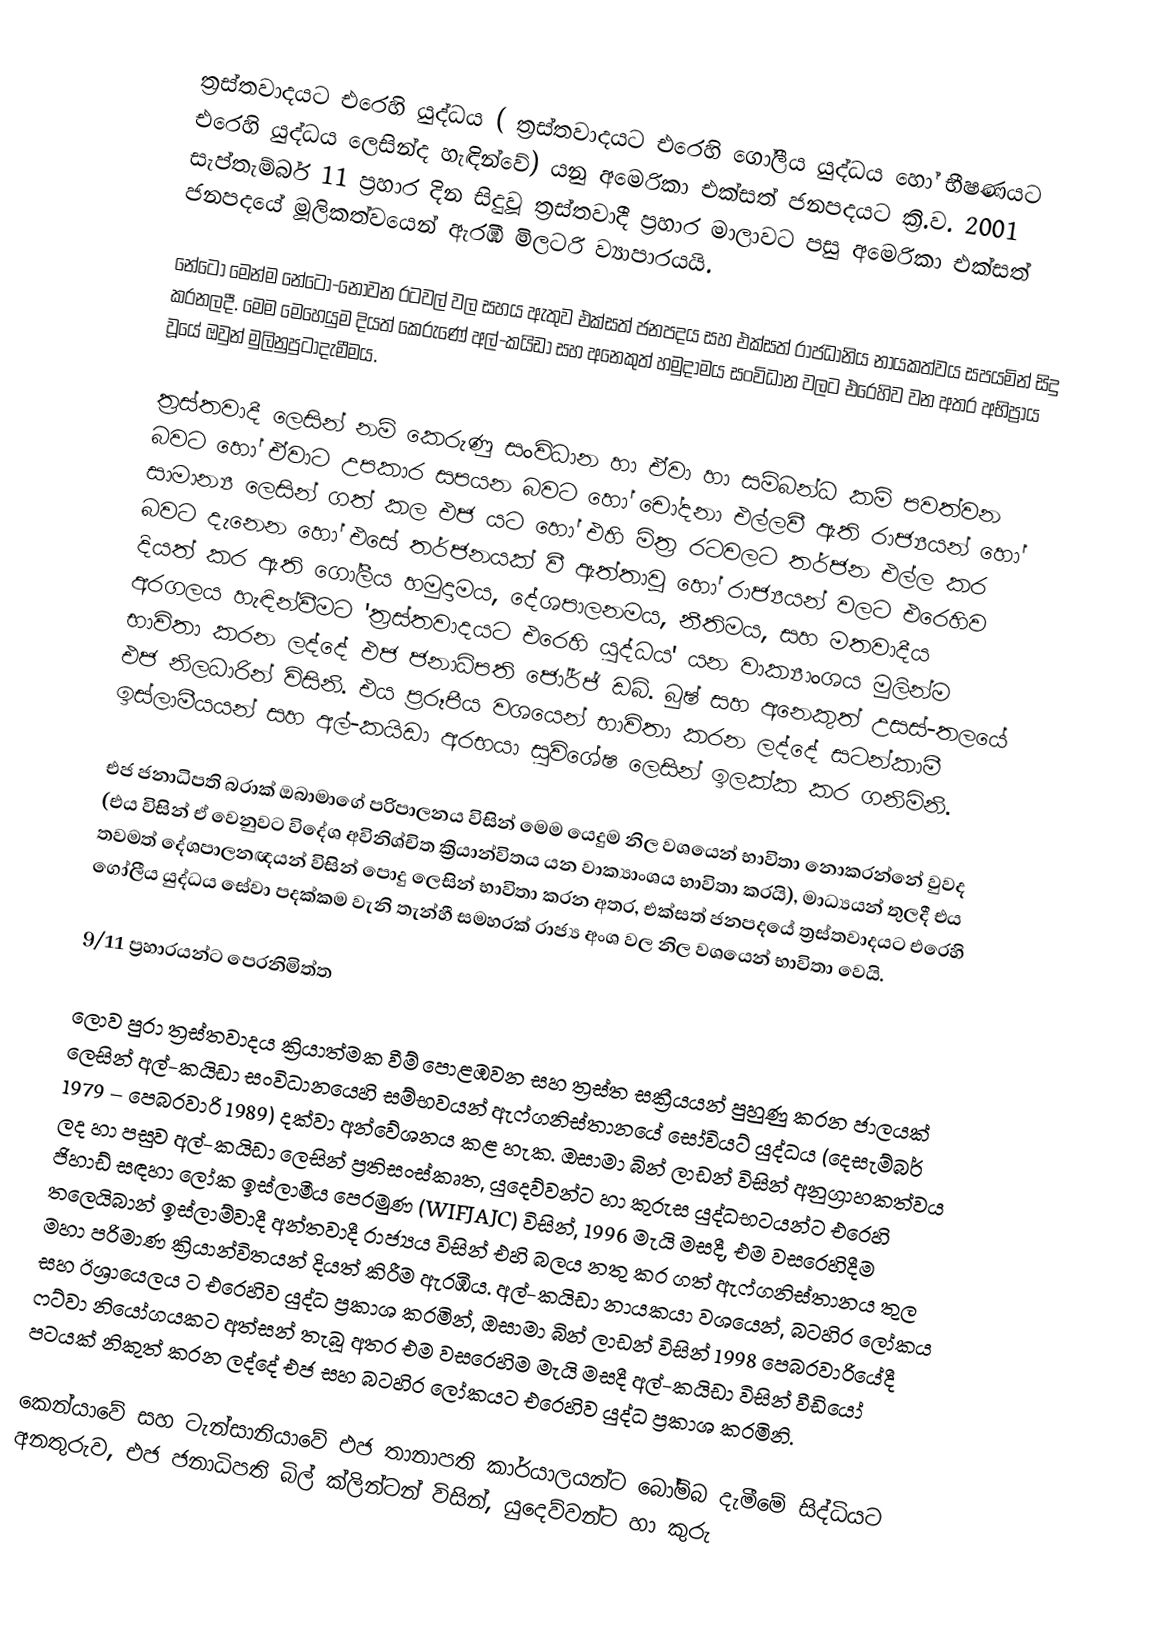
ත්‍රස්තවාදයට එරෙහි යුද්ධය ( ත්‍රස්තවාදයට එරෙහි ගෝලීය යුද්ධය හෝ භීෂණයට එරෙහි යුද්ධය ලෙසින්ද හැඳින්වේ) යනු අමෙරිකා එක්සත් ජනපදයට ක්‍රි.ව. 2001  සැප්තැම්බර් 11 ප්‍රහාර දින සිදුවූ ත්‍රස්තවාදී ප්‍රහාර මාලාවට පසු අමෙරිකා එක්සත් ජනපදයේ මූලිකත්වයෙන් ඇරඹි මිලටරි ව්‍යාපාරයයි.

නේටෝ මෙන්ම  නේටෝ-නොවන රටවල් වල සහය ඇතුව එක්සත් ජනපදය සහ එක්සත් රාජධානිය නායකත්වය සපයමින් සිදු කරනලදී. මෙම මෙහෙයුම දියත් කෙරුණේ  අල්-කයිඩා සහ අනෙකුත් හමුදාමය සංවිධාන වලට එරෙහිව වන අතර අභිප්‍රාය වූයේ ඔවුන් මුලිනුපුටාදැමීමය.

ත්‍රස්තවාදී ලෙසින් නම් කෙරුණු සංවිධාන හා ඒවා හා සම්බන්ධ කම් පවත්වන බවට හෝ ඒවාට උපකාර සපයන බවට හෝ චෝදනා එල්ලවී ඇති රාජ්‍යයන් හෝ  සාමාන්‍ය ලෙසින් ගත් කල එජ යට හෝ එහි මිත්‍ර රටවලට තර්ජන එල්ල කර බවට දැනෙන හෝ එසේ තර්ජනයක් වී ඇත්තාවූ හෝ රාජ්‍යයන් වලට එරෙහිව දියත් කර ඇති ගෝලීය හමුදාමය, දේශපාලනමය, නීතිමය, සහ මතවාදීය අරගලය හැඳින්වීමට 'ත්‍රස්තවාදයට එරෙහි යුද්ධය' යන වාක්‍යාංශය මුලින්ම භාවිතා කරන ලද්දේ එජ ජනාධිපති  ජෝර්ජ්  ඩබ්. බුෂ් සහ අනෙකුත් උසස්-තලයේ එජ නිලධාරින් විසිනි. එය ප්‍රරූපීය වශයෙන් භාවිතා කරන ලද්දේ   සටන්කාමී ඉස්ලාමීයයන් සහ  අල්-කයිඩා අරභයා සුවිශේෂ ලෙසින් ඉලක්ක කර ගනිමිනි.

එජ ජනාධිපති බරාක් ඔබාමාගේ  පරිපාලනය විසින් මෙම යෙදුම නිල වශයෙන් භාවිතා නොකරන්නේ වුවද (එය විසින් ඒ වෙනුවට විදේශ අවිනිශ්චිත ක්‍රියාන්විතය යන වාක්‍යාංශය භාවිතා කරයි), මාධ්‍යයන් තුලදී එය තවමත් දේශපාලනඥයන් විසින් පොදු ලෙසින් භාවිතා කරන අතර, එක්සත් ජනපදයේ ත්‍රස්තවාදයට එරෙහි ගෝලීය යුද්ධය සේවා පදක්කම වැනි තැන්හී සමහරක් රාජ්‍ය අංශ වල නිල වශයෙන් භාවිතා වෙයි.

9/11 ප්‍රහාරයන්ට පෙරනිමිත්ත

ලොව පුරා ත්‍රස්තවාදය ක්‍රියාත්මක වීම් පොළඹවන සහ ත්‍රස්ත සක්‍රීයයන් පුහුණු කරන ජාලයක් ලෙසින් අල්-කයිඩා සංවිධානයෙහි සම්භවයන් ඇෆ්ගනිස්තානයේ සෝවියට් යුද්ධය (දෙසැම්බර් 1979 – පෙබරවාරි 1989) දක්වා අන්වේශනය කළ හැක.  ඔසාමා බින් ලාඩන් විසින් අනුග්‍රාහකත්වය ලද හා පසුව අල්-කයිඩා ලෙසින් ප්‍රතිසංස්කෘත, යුදෙව්වන්ට හා කුරුස යුද්ධභටයන්ට එරෙහි ජිහාඩ් සඳහා ලෝක ඉස්ලාමීය පෙරමුණ (WIFJAJC) විසින්, 1996 මැයි මසදී, එම වසරෙහිදීම තලෙයිබාන් ඉස්ලාම්වාදී අන්තවාදී  රාජ්‍යය විසින් එහි බලය නතු කර ගත්   ඇෆ්ගනිස්තානය තුල මහා පරිමාණ ක්‍රියාන්විතයන් දියත් කිරීම ඇරඹීය.  අල්-කයිඩා නායකයා වශයෙන්, බටහිර ලෝකය සහ  ඊශ්‍රායෙලය ට එරෙහිව යුද්ධ ප්‍රකාශ කරමින්, ඔසාමා බින් ලාඩන් විසින් 1998 පෙබරවාරියේදී  ෆට්වා නියෝගයකට  අත්සන් තැබූ අතර එම වසරෙහිම මැයි මසදී අල්-කයිඩා විසින් වීඩියෝ පටයක් නිකුත් කරන ලද්දේ එජ සහ බටහිර ලෝකයට එරෙහිව යුද්ධ ප්‍රකාශ කරමිනි.

කෙන්යාවේ සහ ටැන්සානියාවේ එජ තානාපති කාර්යාලයන්ට බෝම්බ දැමීමේ සිද්ධියට අනතුරුව, එජ ජනාධිපති බිල් ක්ලින්ටන් විසින්,  යුදෙව්වන්ට හා කුරු